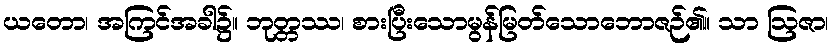
ယတော၊ အကြင်အခါ၌။ ဘုတ္တဿ၊ စားပြီးသောမွန်မြတ်သောဘောဇဉ်၏။ သာ ဩဇာ၊